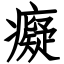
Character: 癡